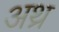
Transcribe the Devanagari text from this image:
अथ्र